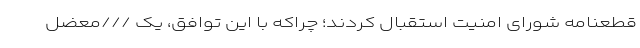
قطعنامه شورای امنیت استقبال کردند؛ چراکه با این توافق، یک ///معضل